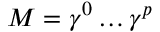
M = \gamma ^ { 0 } \ldots \gamma ^ { p }